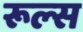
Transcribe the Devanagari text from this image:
रूल्‍स